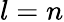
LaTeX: l=n